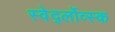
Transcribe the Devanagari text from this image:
स्वेर्द्लोव्स्क